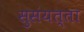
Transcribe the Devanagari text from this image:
सुसंयत्ता